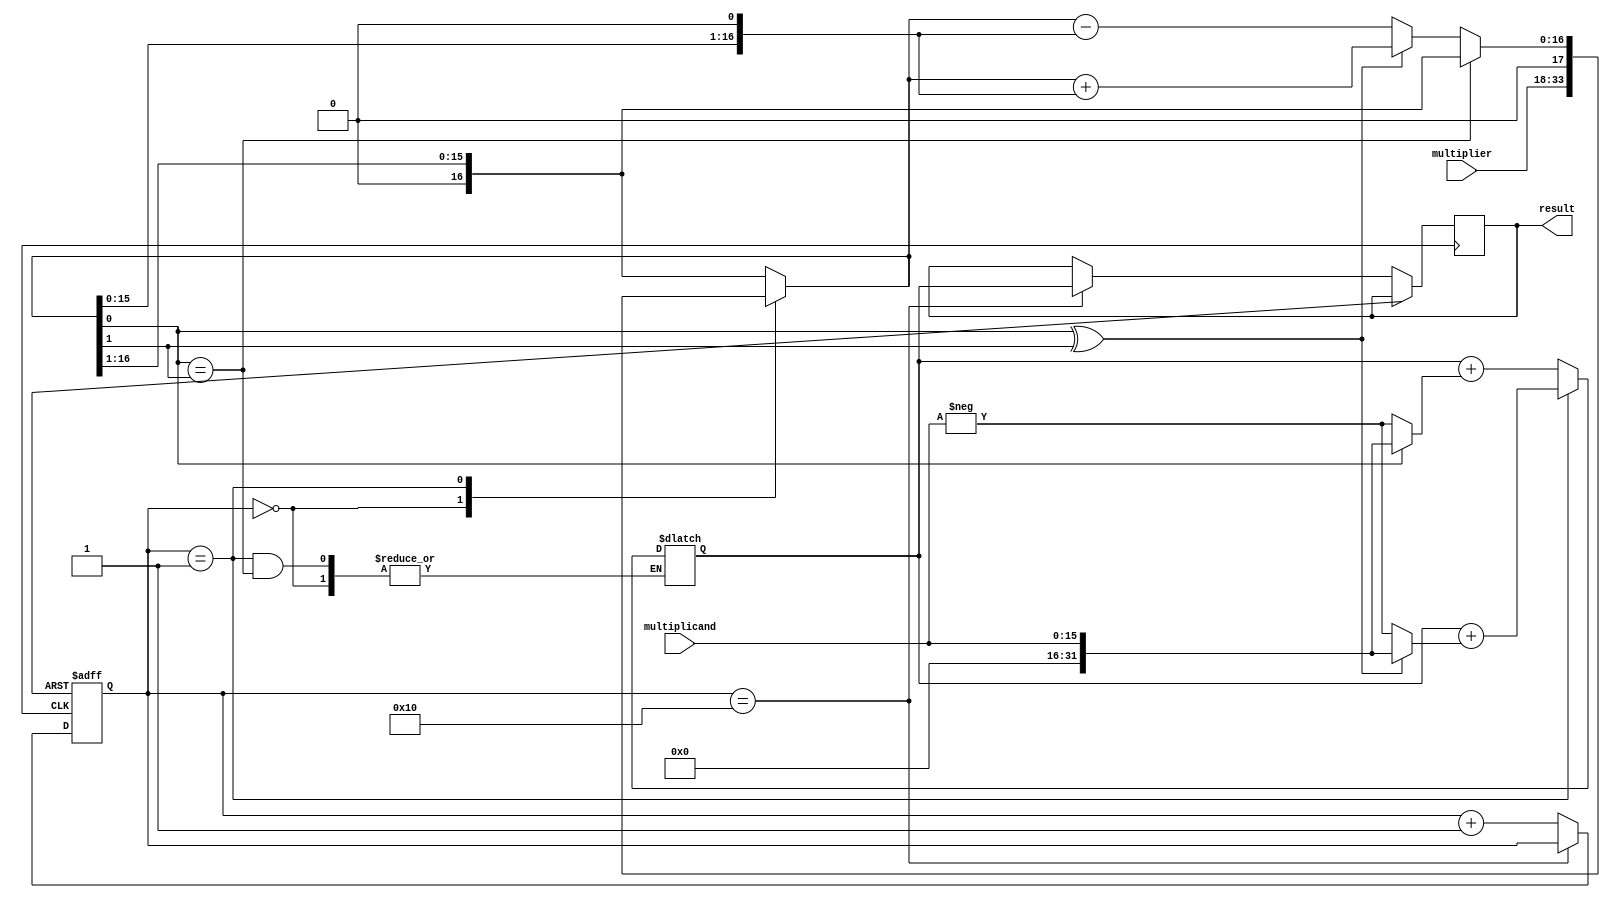
module booth_multiplier(
  input [15:0] multiplicand,
  input [15:0] multiplier,
  output reg [31:0] result
);

reg [31:0] partial_product;
reg [4:0] count;
reg control;
wire add_sub;
reg [16:0] mult;

always @(*)
begin
  case(count)
    0: begin
          mult = {multiplier, 1'b0};
          control = 1'b1;
        end
    1: begin
          control = mult[0]^mult[1];
          partial_product = (mult[0] == mult[1]) ? partial_product : partial_product + (control ? multiplicand : -multiplicand);
          mult = (mult[0] == mult[1]) ? mult >> 1 : (control ? mult + (mult << 1) : mult - (mult << 1));
        end
    default: begin
          control = 1'b0;
          partial_product = partial_product + (mult[0] ? multiplicand : -multiplicand);
          mult = mult >> 1;
        end
  endcase
end

always @(posedge clock or posedge reset)
begin
  if(reset)
    count <= 5'b0;
  else if(count == 5'b10000)
    result <= partial_product;
  else
    count <= count + 1;
end

endmodule